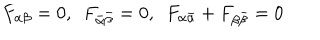
F _ { \alpha \beta } = 0 , \ \ F _ { \bar { \alpha } \bar { \beta } } = 0 , \ \ F _ { \alpha \bar { \alpha } } + F _ { \beta \bar { \beta } } = 0